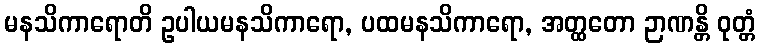
မနသိကာရောတိ ဥပါယမနသိကာရော, ပထမနသိကာရော, အတ္ထတော ဉာဏန္တိ ဝုတ္တံ